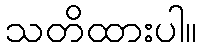
သတိထားပါ။